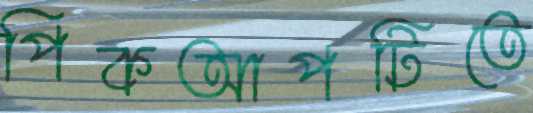
পিকআপটিতে